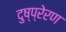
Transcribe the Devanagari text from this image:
दुष्प्रेरण